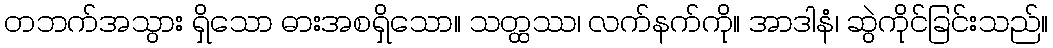
တဘက်အသွား ရှိသော ဓားအစရှိသော။ သတ္ထဿ၊ လက်နက်ကို။ အာဒါနံ၊ ဆွဲကိုင်ခြင်းသည်။